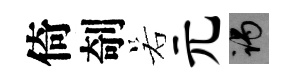
倚剞若元谒